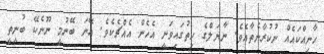
ހާނިއްކައެއް ނުކުރާނެތާއެވެ. ނާޔަލްގެ ހިތުގައިވަނީ އެހެން އެއްޗެކެވެ. އޭނަ ބޭނުމީ ނޫނެކޭ ބުނީތީ